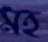
মহ